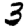
Digit: 3